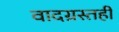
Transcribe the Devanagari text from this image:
वादग्रस्तही